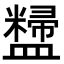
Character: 𪾚